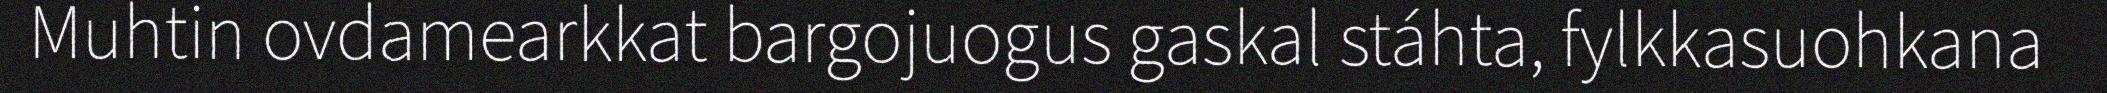
Muhtin ovdamearkkat bargojuogus gaskal stáhta, fylkkasuohkana